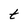
Character: t